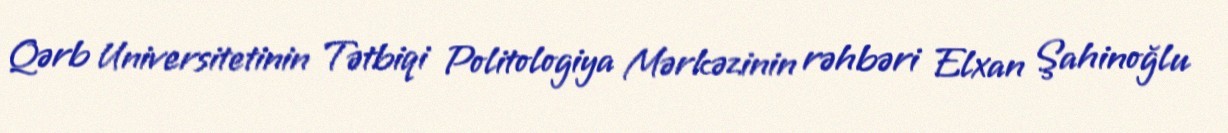
Qərb Universitetinin Tətbiqi Politologiya Mərkəzinin rəhbəri Elxan Şahinoğlu